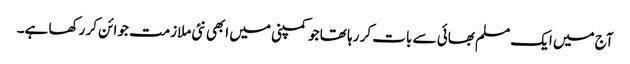
آج میں ایک مسلم بھائی سے بات کر رہا تھا جو کمپنی میں ابھی نئی ملازمت جوائن کر رکھا ہے۔